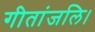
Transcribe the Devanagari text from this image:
गीतांजलि।